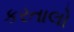
કરતાલો